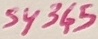
Text: S4345